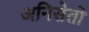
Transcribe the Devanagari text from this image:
अनिसेतो